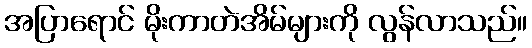
အပြာရောင် မိုးကာတဲအိမ်များကို လွန်လာသည်။